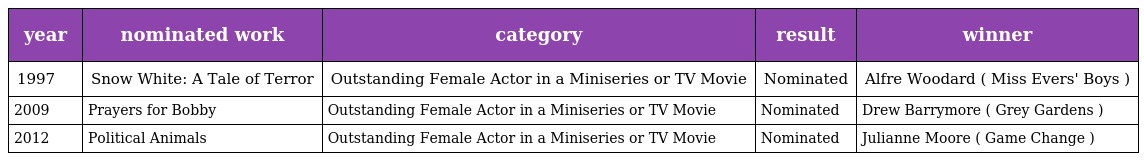
| year | nominated work | category | result | winner |
 | --- | --- | --- | --- | --- |
 | 1997 | Snow White: A Tale of Terror | Outstanding Female Actor in a Miniseries or TV Movie | Nominated | Alfre Woodard ( Miss Evers' Boys ) |
 | 2009 | Prayers for Bobby | Outstanding Female Actor in a Miniseries or TV Movie | Nominated | Drew Barrymore ( Grey Gardens ) |
 | 2012 | Political Animals | Outstanding Female Actor in a Miniseries or TV Movie | Nominated | Julianne Moore ( Game Change ) |